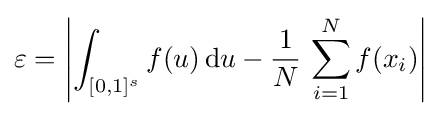
\varepsilon =\left|\int _{[0,1]^{s}}f(u)\,{\rm {d}}u-{\frac {1}{N}}\,\sum _{i=1}^{N}f(x_{i})\right|